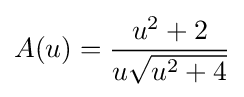
A(u)={\frac {u^{2}+2}{u{\sqrt {u^{2}+4}}}}